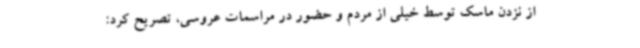
از نزدن ماسک توسط خیلی از مردم و حضور در مراسمات عروسی، تصریح کرد: